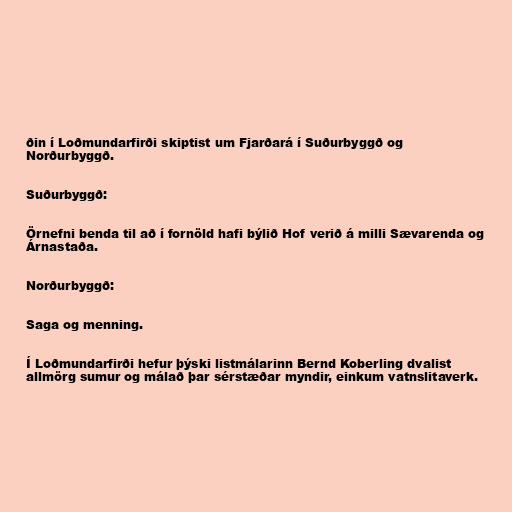
ðin í Loðmundarfirði skiptist um Fjarðará í Suðurbyggð og
Norðurbyggð.

Suðurbyggð:

Örnefni benda til að í fornöld hafi býlið Hof verið á milli Sævarenda og
Árnastaða.

Norðurbyggð:

Saga og menning.

Í Loðmundarfirði hefur þýski listmálarinn Bernd Koberling dvalist
allmörg sumur og málað þar sérstæðar myndir, einkum vatnslitaverk.